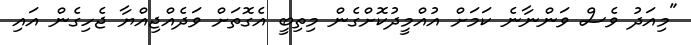
"މިއަދު ވެސް ވަންނާނެ ކަމަށް އުއްމީދުކޮށްގެން މިތިބީ އެގޮތަށް ވަދެއްޖިއްޔާ ޖެހިގެން އައި